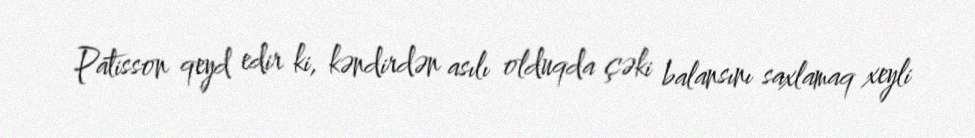
Patisson qeyd edir ki, kəndirdən asılı olduqda çəki balansını saxlamaq xeyli